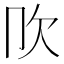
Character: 𣢀